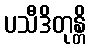
ပသီဒိတုန္တိ